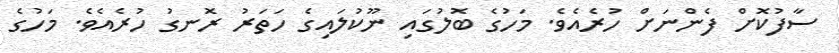
ސާފުކޮށް ފެންނަށް ހުރެއެވެ. މަހުގެ ބޮލުގައި ނޫކުލައިގެ ހަތަރު ރޮނގު ހުރެއެވެ. މަހުގެ